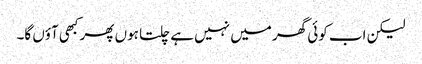
لیکن اب کوئی گھر میں نہیں ہے چلتا ہوں پھر کبھی آؤں گا۔